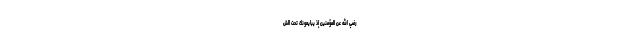
رَضِيَ اللَّهُ عَنِ الْمُؤْمِنِينَ إِذْ يُبَايِعُونَكَ تَحْتَ الش